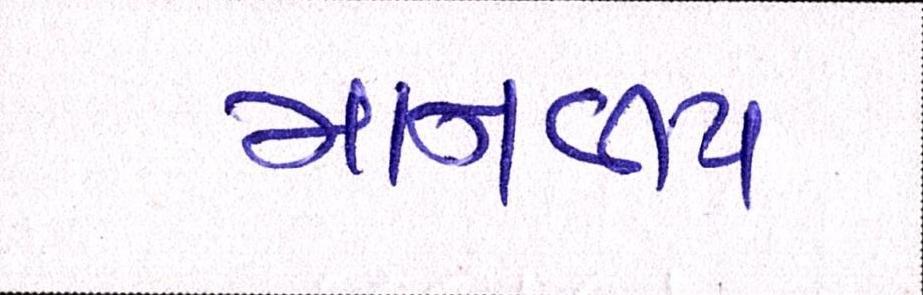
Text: માનવીય